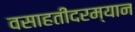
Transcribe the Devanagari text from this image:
वसाहतींदरम्यान